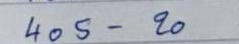
403 - 20